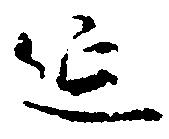
延